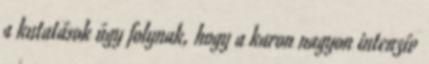
a kutatások úgy folynak, hogy a karon nagyon intenzív